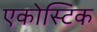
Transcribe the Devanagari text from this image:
एकोस्टिक